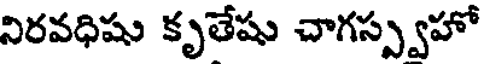
నిరవధిషు కృతేషు చాగస్ప్వహో